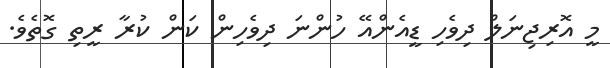
މީ އޮރިޖިނަލް ދިވެހި ޑީއެންއޭ ހުންނަ ދިވެހިން ކަން ކުރާ ރީތި ގޮތެވެ.